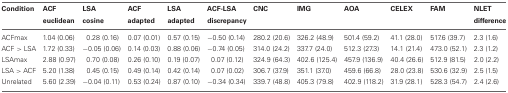
<table><thead><tr><td><b>Condition</b></td><td><b>ACF euclidean</b></td><td><b>LSA cosine</b></td><td><b>ACF adapted</b></td><td><b>LSA adapted</b></td><td><b>ACF-LSA discrepancy</b></td><td><b>CNC</b></td><td><b>IMG</b></td><td><b>AOA</b></td><td><b>CELEX</b></td><td><b>FAM</b></td><td><b>NLET difference</b></td></tr></thead><tbody><tr><td>ACFmax</td><td>1.04 (0.06)</td><td>0.28 (0.16)</td><td>0.07 (0.01)</td><td>0.57 (0.15)</td><td>−0.50 (0.14)</td><td>280.2 (20.6)</td><td>326.2 (48.9)</td><td>501.4 (59.2)</td><td>41.1 (28.0)</td><td>517.6 (39.7)</td><td>2.3 (1.6)</td></tr><tr><td>ACF &gt; LSA</td><td>1.72 (0.33)</td><td>−0.05 (0.06)</td><td>0.14 (0.03)</td><td>0.88 (0.06)</td><td>−0.74 (0.05)</td><td>314.0 (24.2)</td><td>337.7 (24.0)</td><td>512.3 (27.3)</td><td>14.1 (21.4)</td><td>473.0 (52.1)</td><td>2.3 (1.2)</td></tr><tr><td>LSAmax</td><td>2.88 (0.97)</td><td>0.70 (0.08)</td><td>0.26 (0.10)</td><td>0.19 (0.07)</td><td>0.07 (0.12)</td><td>324.9 (64.3)</td><td>402.6 (125.4)</td><td>457.9 (136.9)</td><td>40.4 (26.6)</td><td>512.9 (81.5)</td><td>2.0 (2.2)</td></tr><tr><td>LSA &gt; ACF</td><td>5.20 (1.38)</td><td>0.45 (0.15)</td><td>0.49 (0.14)</td><td>0.42 (0.14)</td><td>0.07 (0.02)</td><td>306.7 (37.9)</td><td>351.1 (37.0)</td><td>459.6 (66.8)</td><td>28.0 (23.8)</td><td>530.6 (32.9)</td><td>2.5 (1.5)</td></tr><tr><td>Unrelated</td><td>5.60 (2.39)</td><td>−0.04 (0.11)</td><td>0.53 (0.24)</td><td>0.87 (0.10)</td><td>−0.34 (0.34)</td><td>339.7 (48.8)</td><td>405.3 (79.8)</td><td>402.9 (118.2)</td><td>31.9 (28.1)</td><td>528.3 (54.7)</td><td>2.4 (2.6)</td></tr></tbody></table>